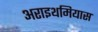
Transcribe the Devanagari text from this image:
अराइथमियास